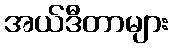
အယ်ဒီတာများ